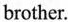
brother.